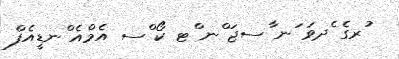
ުރގެ ެދވަ ަނ ާސޖަ ްނ ްޓ ކޯ ްސ އެމްއެ ްނޑީއެފް